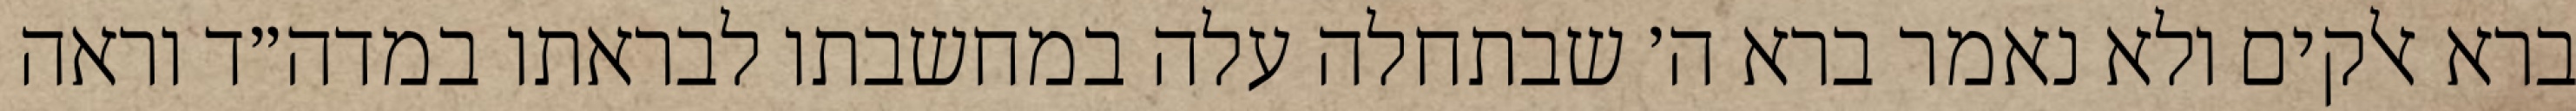
ברא אלקים ולא נאמר ברא ה׳ שבתחלה עלה במחשבתו לבראתו במדה״ד וראה